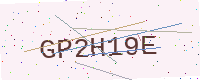
Text: GP2H19E